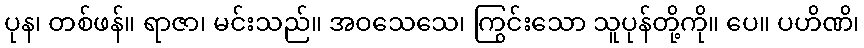
ပုန၊ တစ်ဖန်။ ရာဇာ၊ မင်းသည်။ အဝသေသေ၊ ကြွင်းသော သူပုန်တို့ကို။ ပေ။ ပဟိဏိ၊